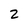
Character: 2